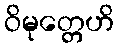
ဝိမုတ္တေဟိ